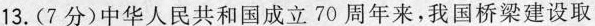
13.(7分)中华人民共和国成立70周年来，我国桥梁建设取